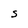
Character: S